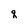
Character: q